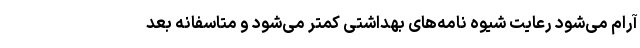
آرام می‌شود رعایت شیوه نامه‌های بهداشتی کمتر می‌شود و متاسفانه بعد